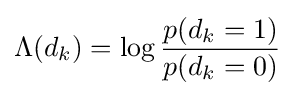
\Lambda (d_{k})=\log {\frac {p(d_{k}=1)}{p(d_{k}=0)}}